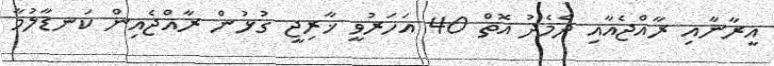
އީރާނާއި ރާއްޖެއާއި ދެމެދު އޮތް 40 އަހަރުވީ ޚާރިޖީ ގުޅުން ރާއްޖެއިން ކަނޑާލުމާ